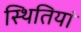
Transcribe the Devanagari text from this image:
स्‍थितियां